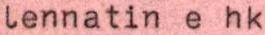
Lennatin e hk